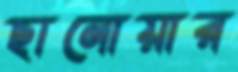
ছানোয়ার